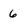
Character: 6